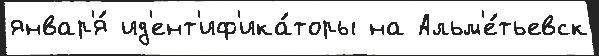
январ'я́ ид'ент'иф'ика́торы на Альм'е́тьевск